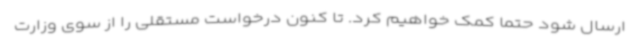
ارسال شود حتما کمک خواهیم کرد. تا کنون درخواست مستقلی را از سوی وزارت